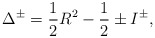
\begin{align*}\Delta ^{\pm }=\frac{1}{2}R^{2}-\frac{1}{2}\pm I^{\pm },\end{align*}